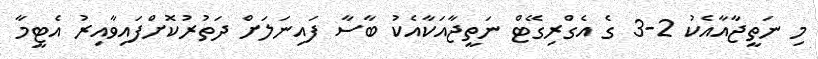
މި ނަތީޖާއާއެކު 2-3 ގެ އެގްރިގޭޓް ނަތީޖާއަކާއެކު ބާސާ ފައިނަލަށް ދަތުރުކޮށްފައިވާއިރު އެޓީމާ